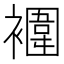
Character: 䙟